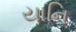
યાનિ